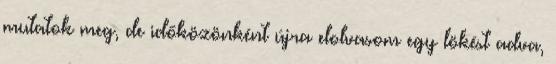
mutatok meg, de időközönként újra elolvasom egy lökést adva,